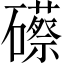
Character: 礤